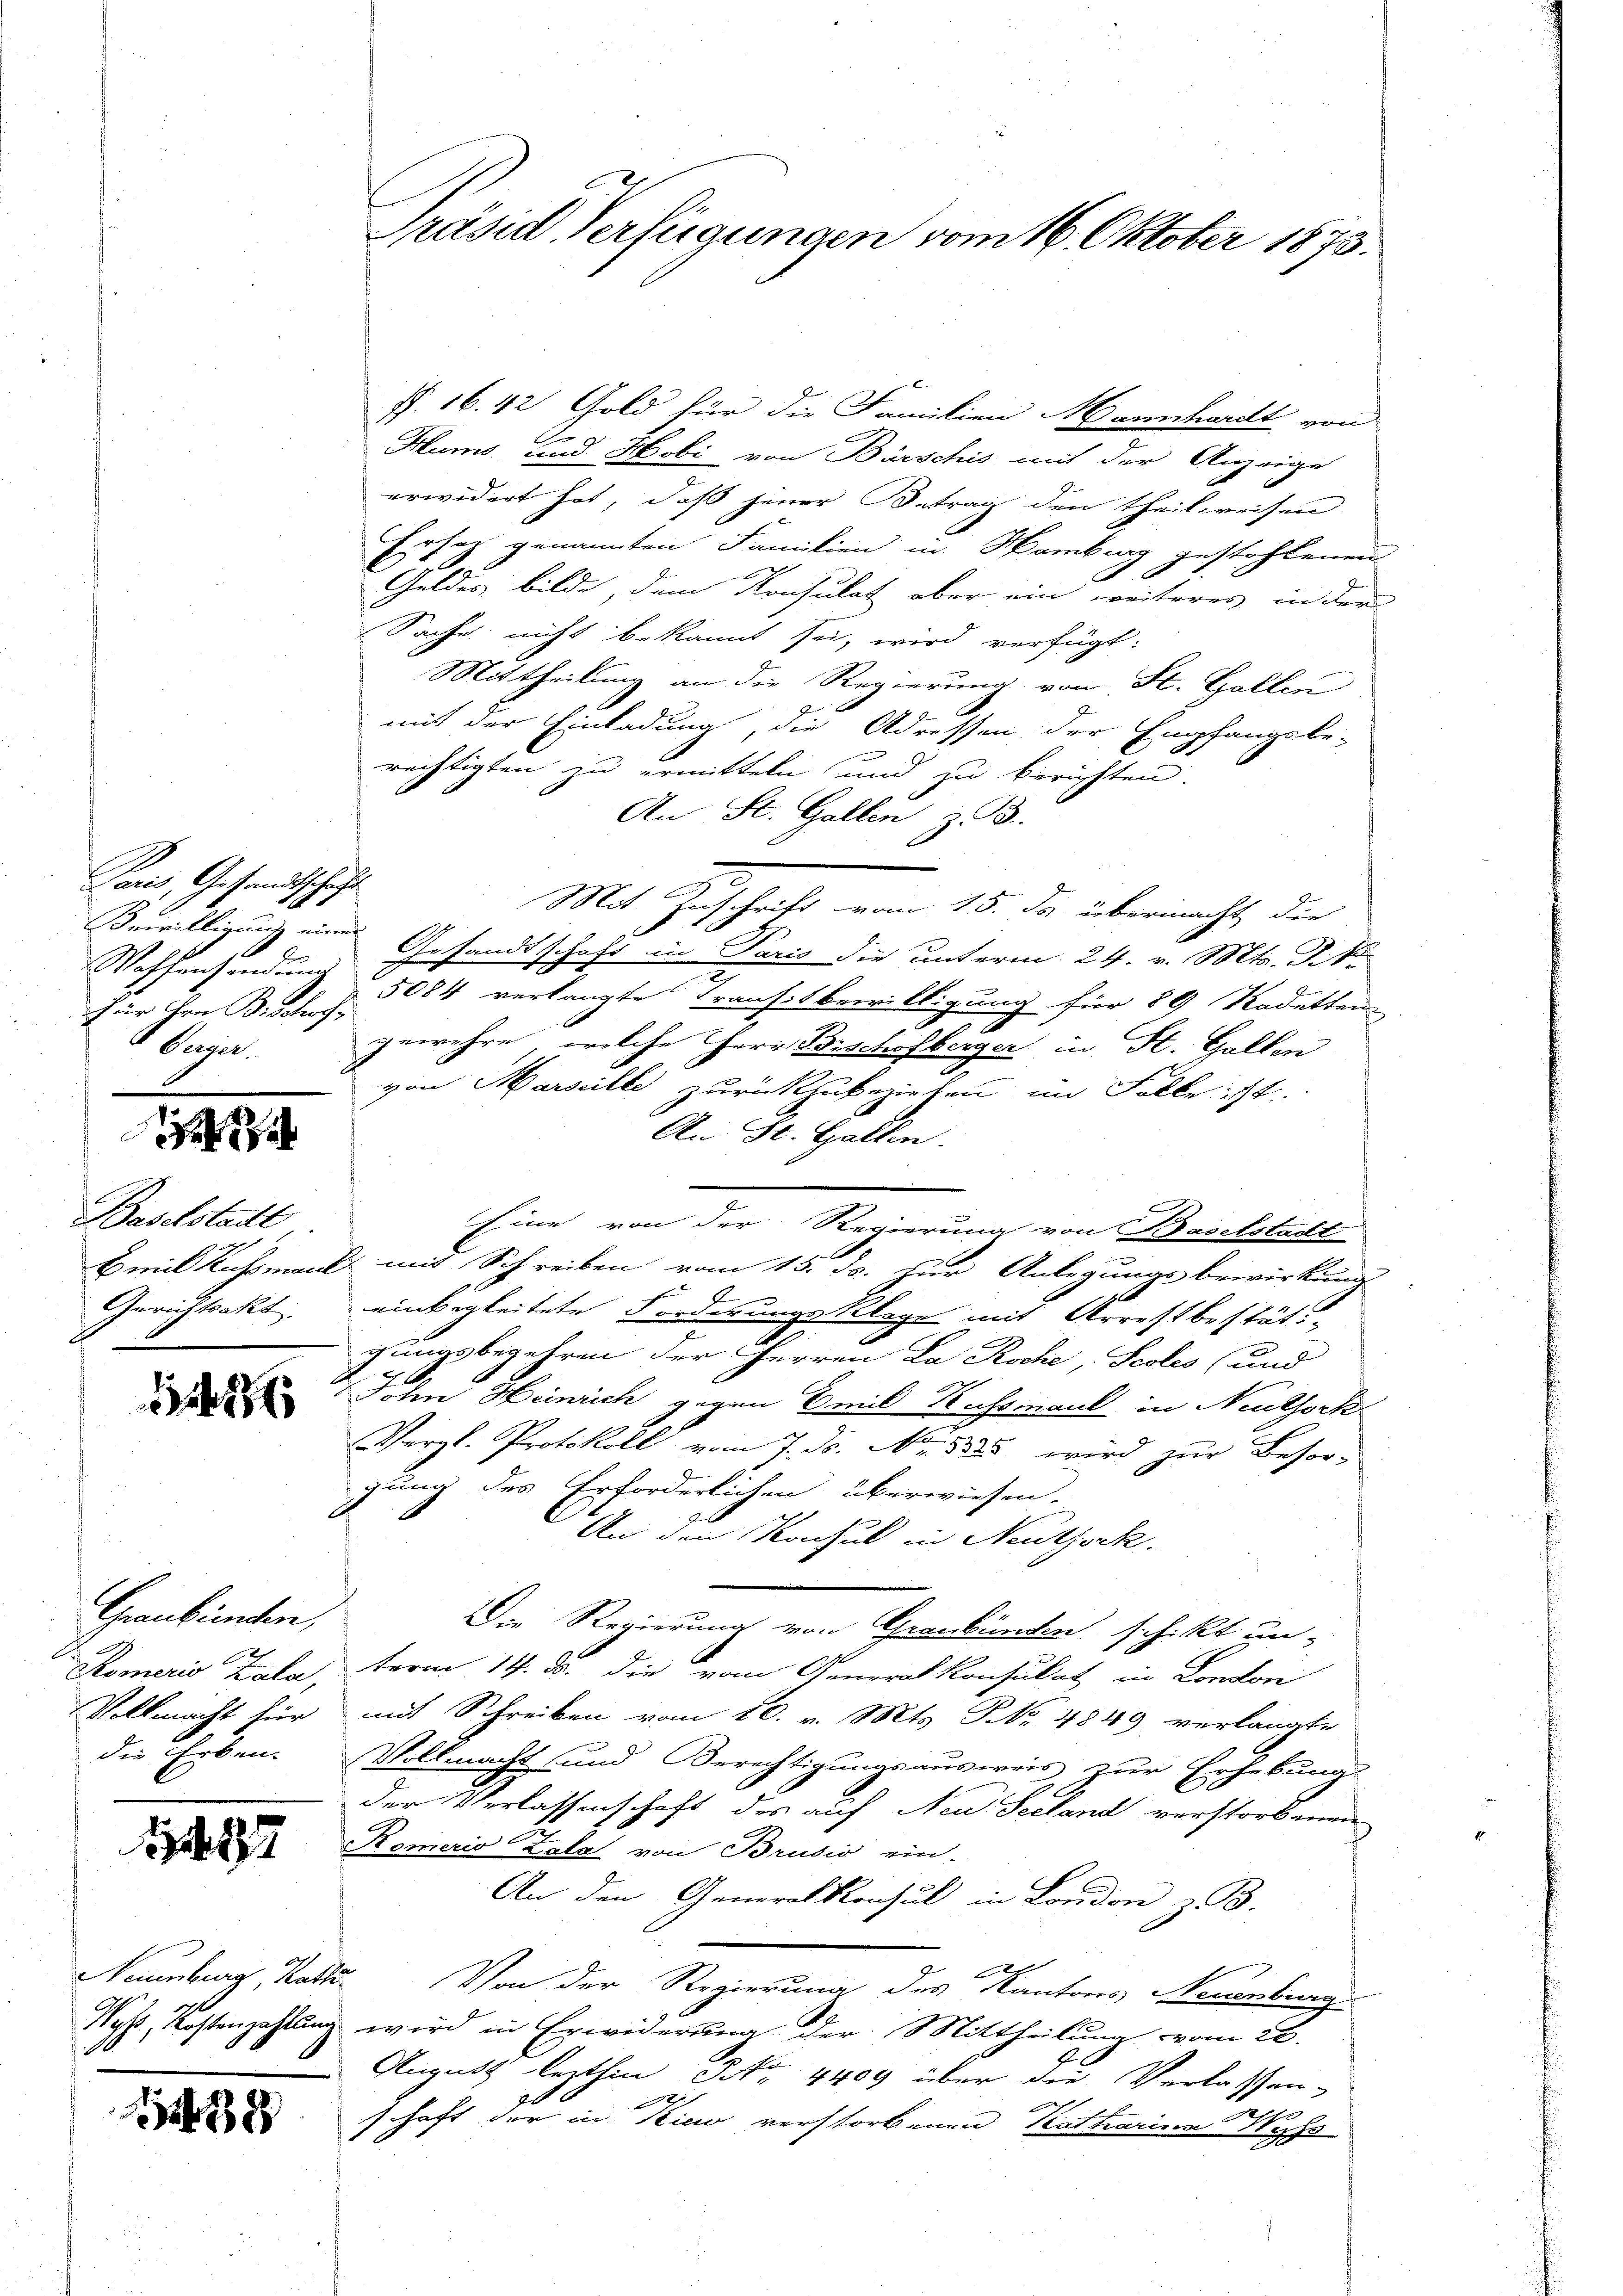
Paris, Gesandtschaft
Bewilligung einer
für den Bischoch,
Papie

e

Baselstadt
Gerichtsakt

1217

Graubünden,
Römerio Zala,
Vollmacht hier
die Erben.

27

438

f. 16. 42 Gold für die Familien Mannhardt von
Hums, und Hobi von Bürschis mit der Anzeige
erwidert hat, daß jener Betrag den Theilweisen
Ersatz genannten Familien in Hamburg gestohlenen
Geldes bilde, dem Konsulat aber ein weiteres in der
Sache nicht bekannt sei, wird verfügt:
Mittheilung an die Regierung von St. Galler
mit der Einladung, die Adressen der Empfangsbe-
rechtigten zu ermitteln und zu berichten.
An St. Gallen z. B.
Mit Zuschrift vom 15. da übermacht, die
Gesandtschaft in Paris die unterm 24. v. Mts. d.
Waffensendung 5084 verlangte Transitbewilligung für 89 Radetten
gewehre, welche HHerr Bischofberger in St. Gallen
von Marseille zurückzubeziehen im Falle ist.
An St. Gallen.
Eine von der Regierung von Baselstadt
Emil Kachsman mit Schreiben vom 15. ds. zur Anlegungsbewirkung
.
einbegleitete Forderungsklage mit Arrestbestätig
gungsbegehren der Herren La Roche, Seolis (und
Sohn Heinrich gegen Emil Kussmaul in Neuthock.
Vergl. Protokoll vom 7. d. Nr. 18585. wird zur Besor-
gung des Erforderlichen überwiesen.
An den Konsul in Neuthock.
Die Regierung von Graubünden schikt un-
term 14. d. die vom Generalkonsulat in London
mit Schreiben vom 20. v. Mts. No 4849 verlangte
Vollmacht und Berechtigungsausweis zur Erhebung
der Verlassenschaft des auf Neue Seeland verstorbenen
Komerio Zala von Brusio ein-
An den Generalkonsul in London z. B.
f
Naumburg, Rath. Von der Regierung des Kantons Neuenburg
Wyl, Kostenzahlung wird in Erwiderung der Mittheilung vom 26.
August lezthin NNo. 4409 über die Verlassen-
schaft der in Kies verstorbenen Katharina Wechs

Präsid Verfügungen vom 16. Oktober 1873.